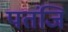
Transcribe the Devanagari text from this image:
पतंजि